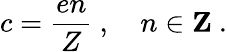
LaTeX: c=\frac{en}{Z}\ ,\quad n\in{\mathbf Z}\ .